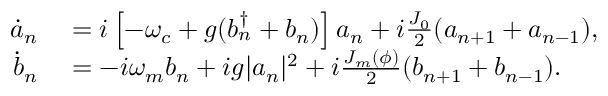
\begin{array} { r l } { \dot { a } _ { n } } & { { } = i \left[ - \omega _ { c } + g ( b _ { n } ^ { \dagger } + b _ { n } ) \right] a _ { n } + i \frac { J _ { 0 } } { 2 } ( a _ { n + 1 } + a _ { n - 1 } ) , } \\ { \dot { b } _ { n } } & { { } = - i \omega _ { m } b _ { n } + i g | a _ { n } | ^ { 2 } + i \frac { J _ { m } ( \phi ) } { 2 } ( b _ { n + 1 } + b _ { n - 1 } ) . } \end{array}